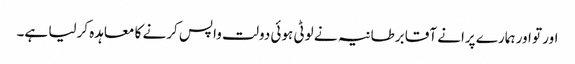
اور تو اور ہمارے پرانے آقا برطانیہ نے لوٹی ہوئی دولت واپس کرنے کا معاہدہ کرلیا ہے۔